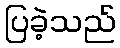
ပြခဲ့သည်